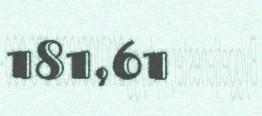
181,61